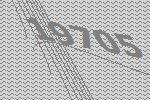
19705